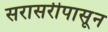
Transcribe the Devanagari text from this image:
सरासरीपासून